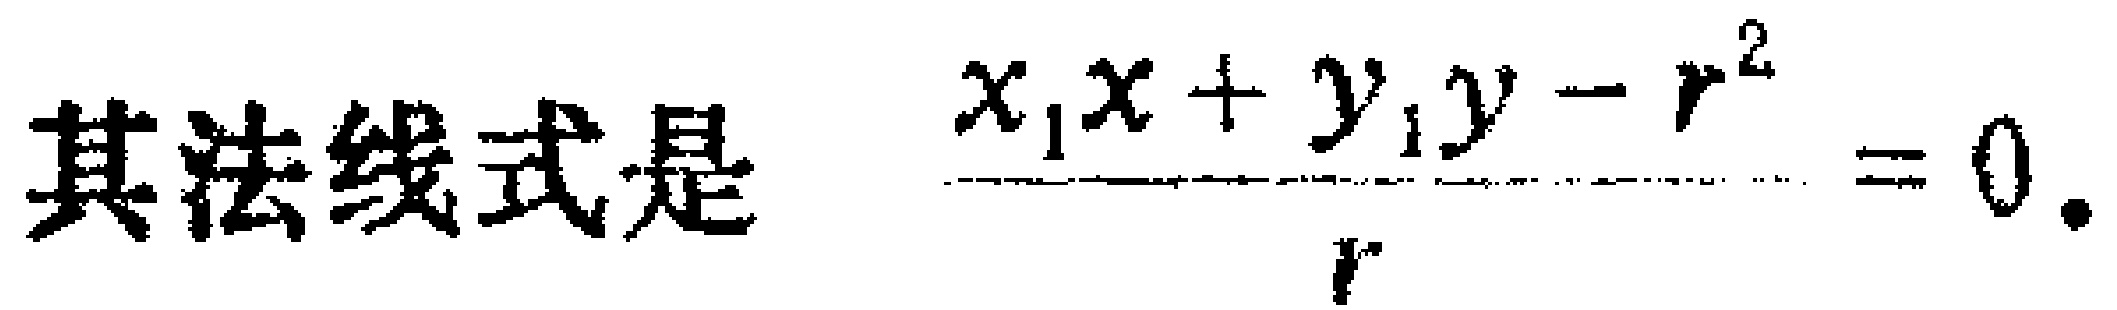
其法线式是 $\frac{x_{1}x + y_{1}y - r^{2}}{r}=0$.